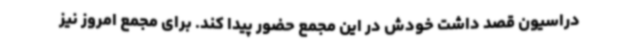
دراسیون قصد داشت خودش در این مجمع حضور پیدا کند. برای مجمع امروز نیز